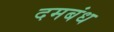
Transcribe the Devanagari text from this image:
दमबंध